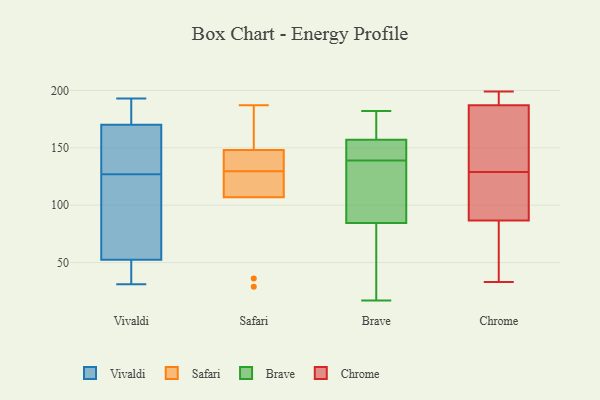
{"axis": {"x": "Churn Rate (%)", "y": "Value"}, "legend": ["Brave", "Chrome", "Safari", "Vivaldi"], "data": [{"x": "", "y": 167, "type": "Vivaldi"}, {"x": "", "y": 95, "type": "Vivaldi"}, {"x": "", "y": 53, "type": "Vivaldi"}, {"x": "", "y": 49, "type": "Vivaldi"}, {"x": "", "y": 52, "type": "Vivaldi"}, {"x": "", "y": 162, "type": "Vivaldi"}, {"x": "", "y": 177, "type": "Vivaldi"}, {"x": "", "y": 91, "type": "Vivaldi"}, {"x": "", "y": 173, "type": "Vivaldi"}, {"x": "", "y": 159, "type": "Vivaldi"}, {"x": "", "y": 193, "type": "Vivaldi"}, {"x": "", "y": 31, "type": "Vivaldi"}, {"x": "", "y": 148, "type": "Safari"}, {"x": "", "y": 107, "type": "Safari"}, {"x": "", "y": 142, "type": "Safari"}, {"x": "", "y": 123, "type": "Safari"}, {"x": "", "y": 156, "type": "Safari"}, {"x": "", "y": 36, "type": "Safari"}, {"x": "", "y": 187, "type": "Safari"}, {"x": "", "y": 134, "type": "Safari"}, {"x": "", "y": 125, "type": "Safari"}, {"x": "", "y": 29, "type": "Safari"}, {"x": "", "y": 156, "type": "Brave"}, {"x": "", "y": 139, "type": "Brave"}, {"x": "", "y": 121, "type": "Brave"}, {"x": "", "y": 158, "type": "Brave"}, {"x": "", "y": 26, "type": "Brave"}, {"x": "", "y": 151, "type": "Brave"}, {"x": "", "y": 48, "type": "Brave"}, {"x": "", "y": 182, "type": "Brave"}, {"x": "", "y": 17, "type": "Brave"}, {"x": "", "y": 127, "type": "Brave"}, {"x": "", "y": 171, "type": "Brave"}, {"x": "", "y": 139, "type": "Brave"}, {"x": "", "y": 95, "type": "Chrome"}, {"x": "", "y": 33, "type": "Chrome"}, {"x": "", "y": 55, "type": "Chrome"}, {"x": "", "y": 185, "type": "Chrome"}, {"x": "", "y": 129, "type": "Chrome"}, {"x": "", "y": 102, "type": "Chrome"}, {"x": "", "y": 143, "type": "Chrome"}, {"x": "", "y": 193, "type": "Chrome"}, {"x": "", "y": 62, "type": "Chrome"}, {"x": "", "y": 199, "type": "Chrome"}, {"x": "", "y": 197, "type": "Chrome"}, {"x": "", "y": 110, "type": "Chrome"}, {"x": "", "y": 182, "type": "Chrome"}]}